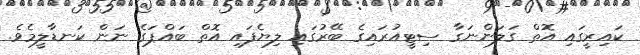
ކައިރީގައި އޮތް ގަލަންނަގާ ސިޓީއުރައިގެ ބޭރުގައި ލިޔެފައި އޮތް ބައްޕަގެ ނަން ކަނޑާލީމެވެ.